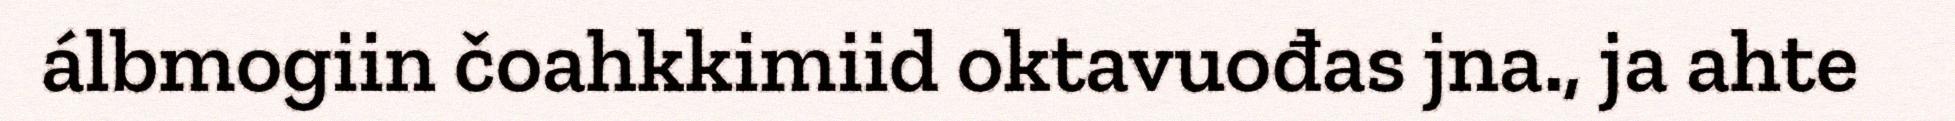
álbmogiin čoahkkimiid oktavuođas jna., ja ahte